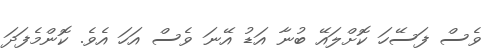
ވެސް ފަސޭހަ ކޮށްލައޭ ބުނާ އަޑު އޭނަ ވެސް އަހަ އެވެ. ކޮންމެފަދަ